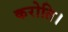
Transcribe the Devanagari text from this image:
करोति।